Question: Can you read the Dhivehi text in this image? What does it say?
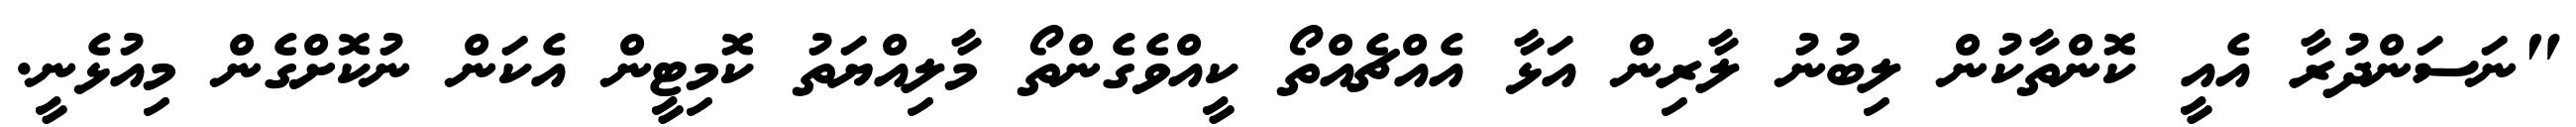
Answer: "ނަސަންދުރާ އެއީ ކޮންތާކުން ލިބުނު ލާރިން އަޅާ އެއްޗެއްތޯ ކީއްވެގެންތޯ މާލިއްޔަތު ކޮމިޓީން އެކަން ނުކޮށްގެން މިއުޅެނީ.